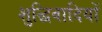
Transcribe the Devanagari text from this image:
शुद्धिवादियों